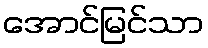
အောင်မြင်သာ